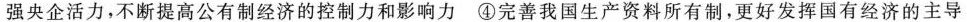
强央企活力，不断提高公有制经济的控制力和影响力④完善我国生产资料所有制，更好发挥国有经济的主导